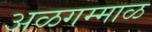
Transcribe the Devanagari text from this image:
अळगम्माळ